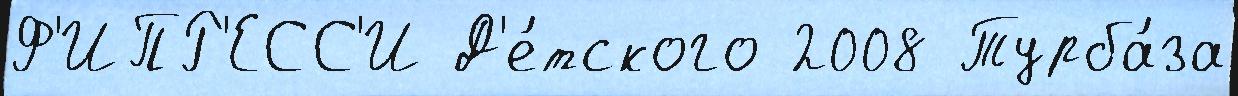
Ф'ИПР'ЕСС'И Д'е́тского 2008 Турба́за